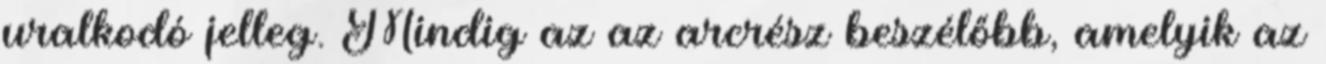
uralkodó jelleg. Mindig az az arcrész beszélőbb, amelyik az